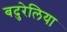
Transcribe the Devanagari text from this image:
बदुरेलिया